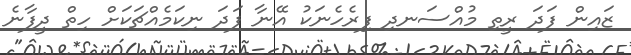
ޒައިން ފަދަ ރީތި މުއްސަނދި ފިރެހެނަކު އޭނާ ފަދަ ނިކަމެއްޗަކަށް ހިތް ދީފާނެ